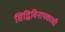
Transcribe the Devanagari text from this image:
सिद्धिविनायकाची